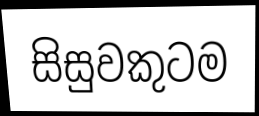
සිසුවකුටම